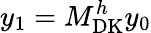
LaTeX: y_{1}=M_{\mathrm{DK}}^{h}y_{0}